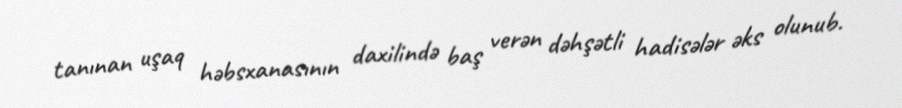
tanınan uşaq həbsxanasının daxilində baş verən dəhşətli hadisələr əks olunub.